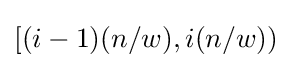
[(i-1)(n/w),i(n/w))